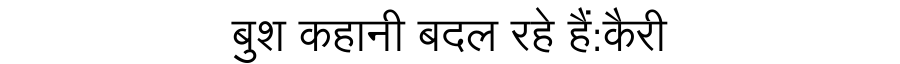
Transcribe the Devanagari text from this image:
बुश कहानी बदल रहे हैं:कैरी